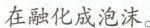
在融化成泡沫。